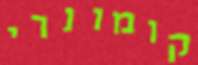
קומונרי